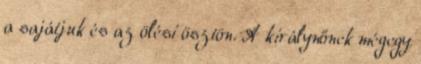
a sajátjuk és az ölési ösztön. A királynőnek mégegy